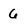
Character: 6